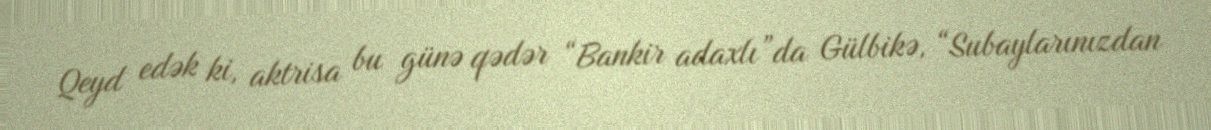
Qeyd edək ki, aktrisa bu günə qədər “Bankir adaxlı”da Gülbikə, “Subaylarınızdan